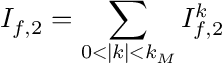
I _ { f , 2 } = \sum _ { 0 < | k | < k _ { M } } I _ { f , 2 } ^ { k }